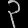
Digit: ၃